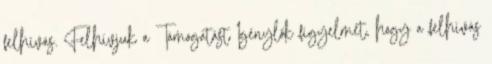
felhívás. Felhívjuk a Támogatást Igénylők figyelmét, hogy a felhívás